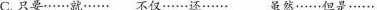
C.只要……就…… 不仅……还…… 虽然……但是……